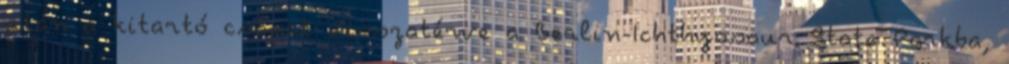
után a kitartó csapat visszatérve a Berlin-Ichthyosaur State Parkba,